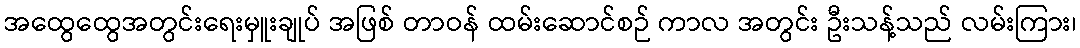
အထွေထွေအတွင်းရေးမှူးချုပ် အဖြစ် တာဝန် ထမ်းဆောင်စဉ် ကာလ အတွင်း ဦးသန့်သည် လမ်းကြား၊